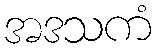
အဒသကံ